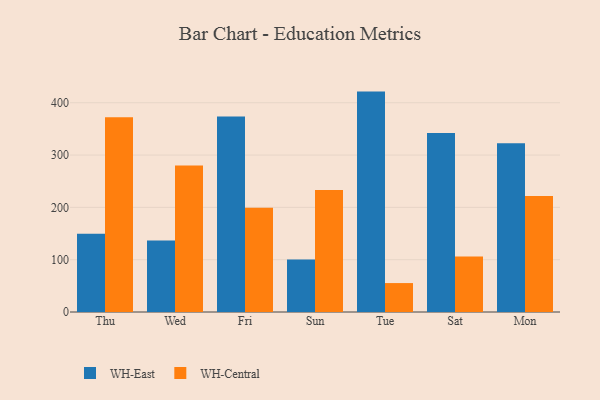
{"axis": {"x": "Day", "y": "Headcount"}, "legend": ["WH-Central", "WH-East"], "data": [{"x": "Thu", "y": 149.4, "type": "WH-East"}, {"x": "Thu", "y": 372.1, "type": "WH-Central"}, {"x": "Wed", "y": 136.8, "type": "WH-East"}, {"x": "Wed", "y": 280.0, "type": "WH-Central"}, {"x": "Fri", "y": 373.7, "type": "WH-East"}, {"x": "Fri", "y": 199.1, "type": "WH-Central"}, {"x": "Sun", "y": 100.4, "type": "WH-East"}, {"x": "Sun", "y": 233.3, "type": "WH-Central"}, {"x": "Tue", "y": 421.3, "type": "WH-East"}, {"x": "Tue", "y": 55.3, "type": "WH-Central"}, {"x": "Sat", "y": 342.3, "type": "WH-East"}, {"x": "Sat", "y": 106.1, "type": "WH-Central"}, {"x": "Mon", "y": 322.7, "type": "WH-East"}, {"x": "Mon", "y": 221.9, "type": "WH-Central"}]}